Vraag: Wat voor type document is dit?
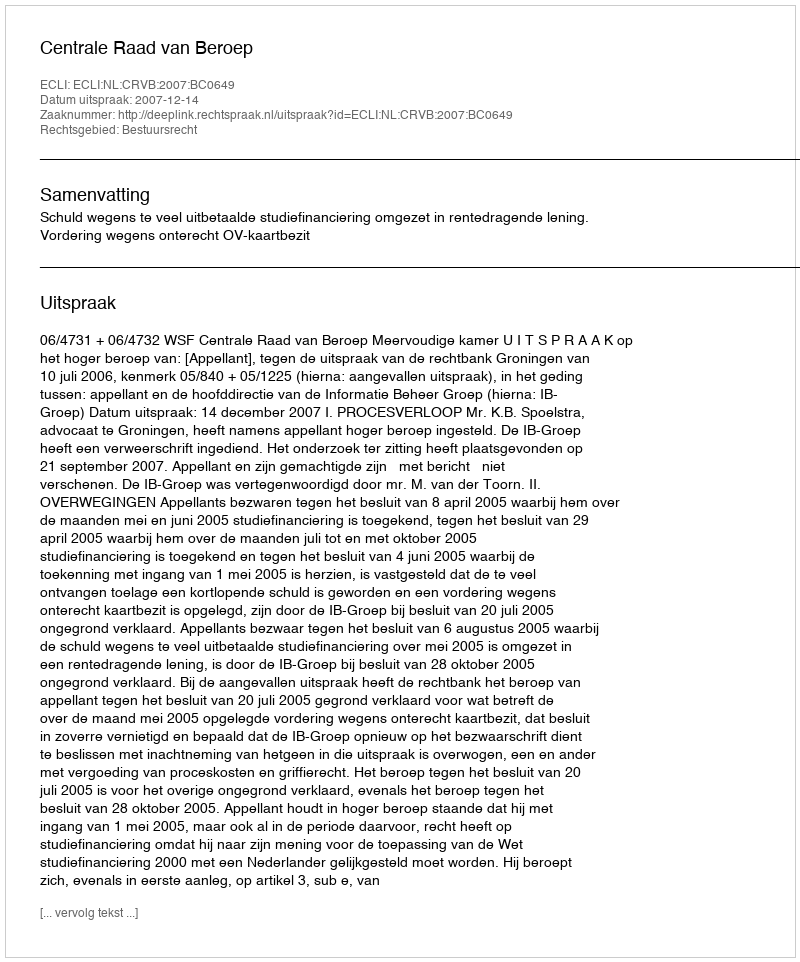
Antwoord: Uitspraak